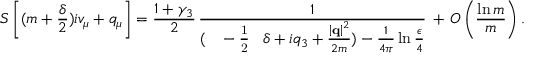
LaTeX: S \left[ ( m + \frac { \delta } { 2 } ) i v _ { \mu } + q _ { \mu } \right] = \frac { 1 + \gamma _ { 3 } } { 2 } \, \frac { 1 } { ( \mathrm { ~ \, ~ - \frac { 1 } { 2 } ~ \, ~ } \delta + i q _ { 3 } + \frac { \left| { \bf q } \right| ^ { 2 } } { 2 m } ) - \frac { 1 } { 4 \pi } \ln \frac { \epsilon } { 4 } } \, + \, O \left( \frac { \ln m } { m } \right) .